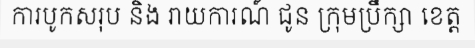
ការបូកសរុប និង រាយការណ៍ ជូន ក្រុមប្រឹក្សា ខេត្ត